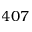
4 0 7